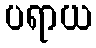
ပရာယ